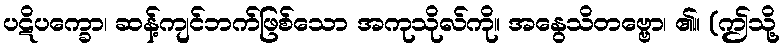
ပဋိပက္ခော၊ ဆန့်ကျင်ဘက်ဖြစ်သော အကုသိုလ်ကို။ အနွေသိတဗ္ဗော၊ ၏။ (ဤသို့